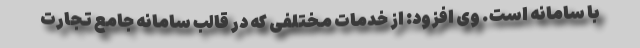
با سامانه است. وی افزود: از خدمات مختلفی که در قالب سامانه جامع تجارت